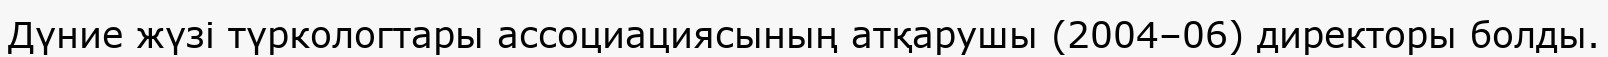
Дүние жүзі түркологтары ассоциациясының атқарушы (2004–06) директоры болды.